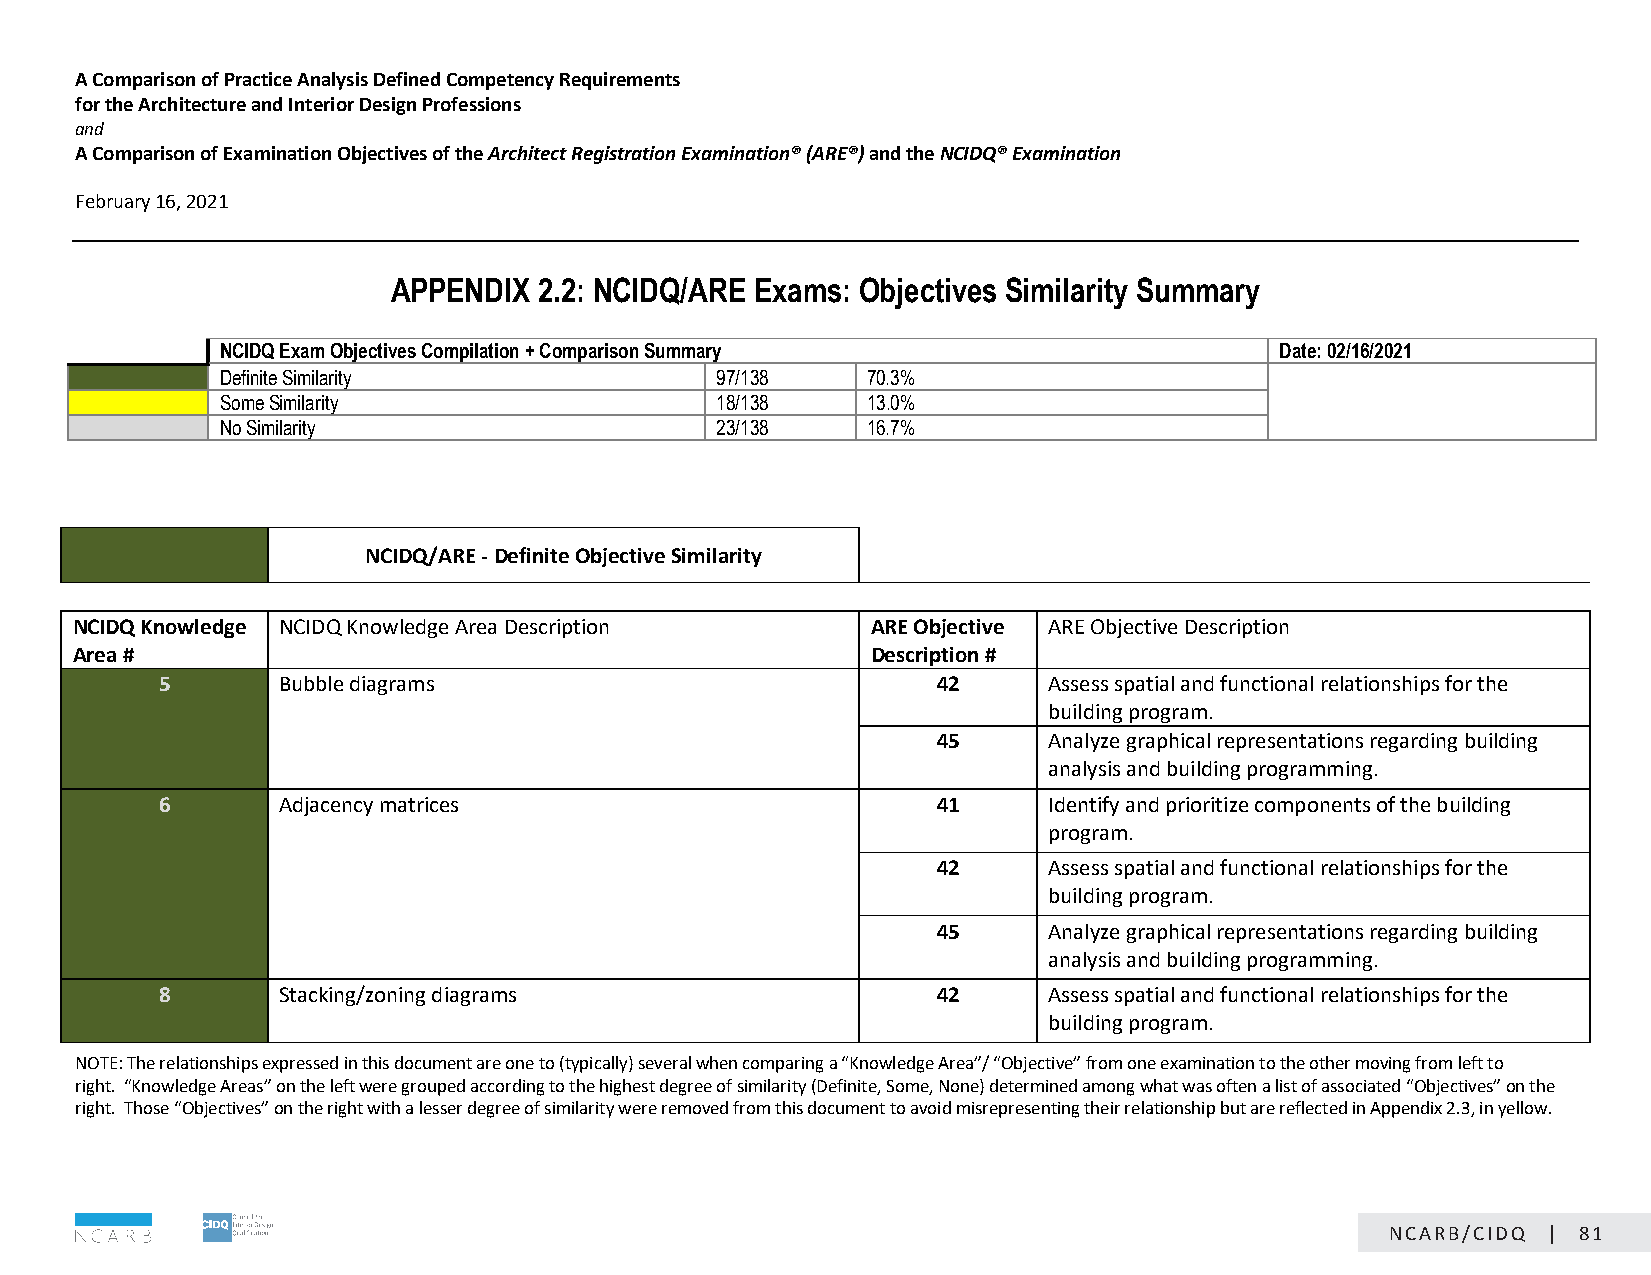
A Comparison of Practice Analysis Defined Competency Requirements
 for the Architecture and Interior Design Professions
 and
 A Comparison of Examination Objectives of the Architect Registration Examination® (ARE®) and the NCIDQ® Examination
 February 16, 2021                                CONFIDENTIAL: NOT FOR DISTRIBUTION
 APPENDIX  2.2: NCIDQ/ARE Exams: Objectives Similarity Summary
 NCIDQ Exam Objectives Compilation + Comparison Summary                Date: 02/16/2021
 Definite Similarity             97/138    70.3%
 Some Similarity                 18/138    13.0%
 No Similarity                   23/138    16.7%
 NCIDQ/ARE - Definite Objective Similarity
 NCIDQ Knowledge NCIDQ Knowledge Area Description     ARE Objective ARE Objective Description
 Area #                                               Description #
 5       Bubble diagrams                             42     Assess spatial and functional relationships for the
 building program.
 45     Analyze graphical representations regarding building
 analysis and building programming.
 6       Adjacency matrices                          41     Identify and prioritize components of the building
 program.
 42     Assess spatial and functional relationships for the
 building program.
 45     Analyze graphical representations regarding building
 analysis and building programming.
 8       Stacking/zoning diagrams                    42     Assess spatial and functional relationships for the
 building program.
 NOTE: The relationships expressed in this document are one to (typically) several when comparing a “Knowledge Area”/ “Objective” from one examination to the other moving from left to
 right. “Knowledge Areas” on the left were grouped according to the highest degree of similarity (Definite, Some, None) determined among what was often a list of associated “Objectives” on the
 right. Those “Objectives” on the right with a lesser degree of similarity were removed from this document to avoid misrepresenting their relationship but are reflected in Appendix 2.3, in yellow.
 Page 1 of 23
 NCARB/CIDQ | 81